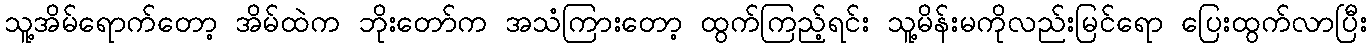
သူ့အိမ်ရောက်တော့ အိမ်ထဲက ဘိုးတော်က အသံကြားတော့ ထွက်ကြည့်ရင်း သူ့မိန်းမကိုလည်းမြင်ရော ပြေးထွက်လာပြီး